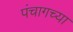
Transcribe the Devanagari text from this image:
पंचागच्या